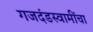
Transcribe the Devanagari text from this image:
गजदंडस्वामींचा